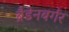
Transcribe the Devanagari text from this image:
ब्रैडेनबर्गर